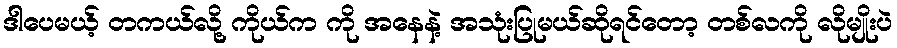
ဒါပေမယ့် တကယ်လို့ ကိုယ်က ကို အနေနဲ့ အသုံးပြုမယ်ဆိုရင်တော့ တစ်လကို လိုမျိုးပဲ